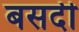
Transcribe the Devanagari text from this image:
बसदी